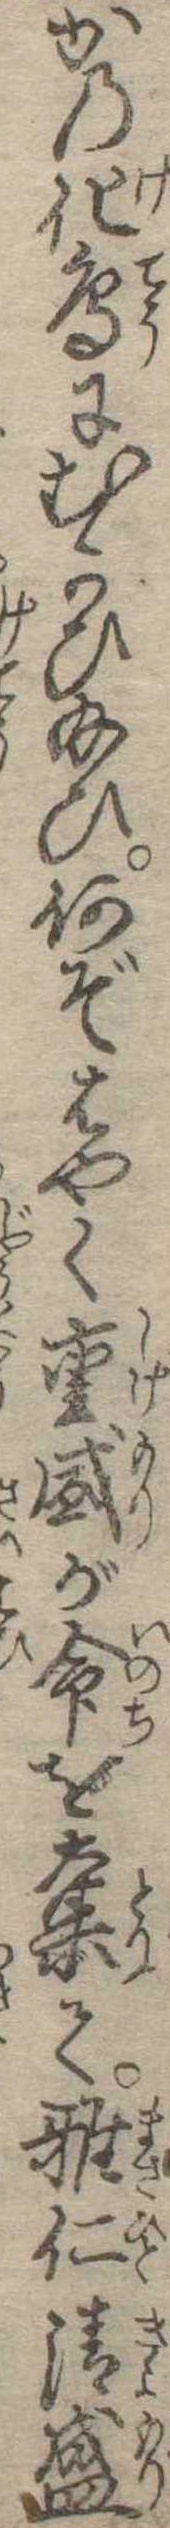
かの化鳥にむかひ給ひ何ぞはやく重盛が命を奪て雅仁清盛